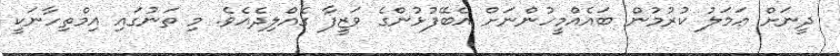
ދީނަށް ޢަމަލު ކުރުމުން ބައެއްމީހުންނަށް އެބޭފުޅުންގެ ވަޒީފާ ގެއްލިދެއެވެ. މި ތަނުގައި އިމްތިހާނަކީ